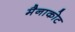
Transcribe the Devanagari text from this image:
मैनाकोट